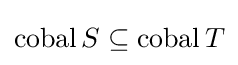
\operatorname {cobal} S\subseteq \operatorname {cobal} T